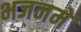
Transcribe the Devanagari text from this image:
भजनमें